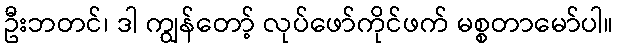
ဦးဘတင်၊ ဒါ ကျွန်တော့် လုပ်ဖော်ကိုင်ဖက် မစ္စတာမော်ပါ။